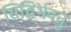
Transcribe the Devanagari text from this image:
सिद्धिर्भवतु